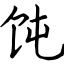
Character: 饨